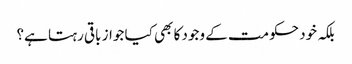
بلکہ خود حکومت کے وجود کا بھی کیا جواز باقی رہتا ہے؟